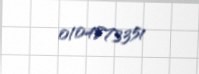
0104873351